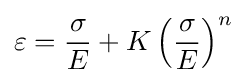
\varepsilon ={\frac {\sigma }{E}}+K\left({\frac {\sigma }{E}}\right)^{n}